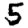
Digit: 5